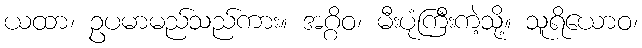
ယထာ၊ ဥပမာမည်သည်ကား။ အဂ္ဂိဝ၊ မီးပုံကြီးကဲ့သို့။ သူရိယောဝ၊